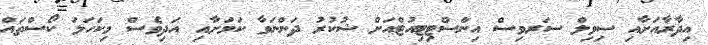
އިދާރާއަށާއި ސިވިލް ސަރވިސް އިންސްޓިޓިއުޓްއަށް ޝުކުރު ދަންނަވާ ކަމަށާއި އަދިވެސް މިކަހަލަ ކޯސްތައް